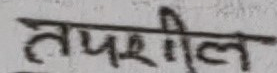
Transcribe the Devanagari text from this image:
तपशील